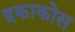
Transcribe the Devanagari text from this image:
इकाकोस